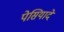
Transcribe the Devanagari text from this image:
पेसियादे